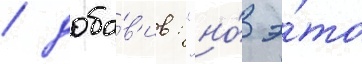
/ доба́в'ив: "но́ э́то